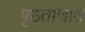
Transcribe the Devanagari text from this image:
पृष्ठताणात